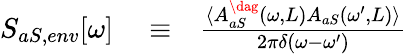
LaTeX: \begin{array}{rlr}{S_{aS,env}[\omega]}&{{}\equiv}&{\frac{\langle A_{aS}^{\dag}(\omega,L)A_{aS}(\omega^{\prime},L)\rangle}{2\pi\delta(\omega-\omega^{\prime})}}\end{array}